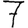
Digit: 7